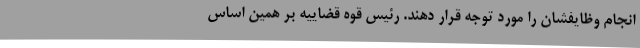
انجام وظایفشان را مورد توجه قرار دهند. رئیس قوه قضاییه بر همین اساس